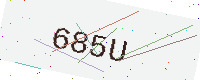
Text: 685U